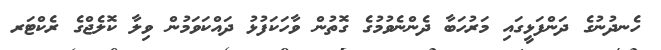
ހެނދުނުގެ ދަންފަޅީގައި މަރުހަބާ ދެންނެވުމުގެ ގޮތުން ވާހަކަފުޅު ދައްކަވަމުން ވިލާ ކޮލެޖްގެ ރެކްޓަރ